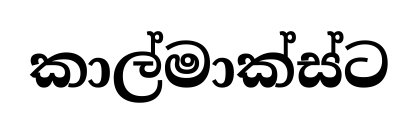
කාල්මාක්ස්ට